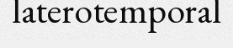
laterotemporal